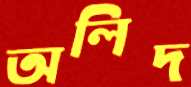
অলিদ